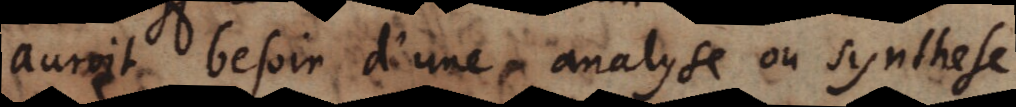
auroit besoin d’une analyse ou synthese